Papers set at the Examination for Leaving Certificates, 1893
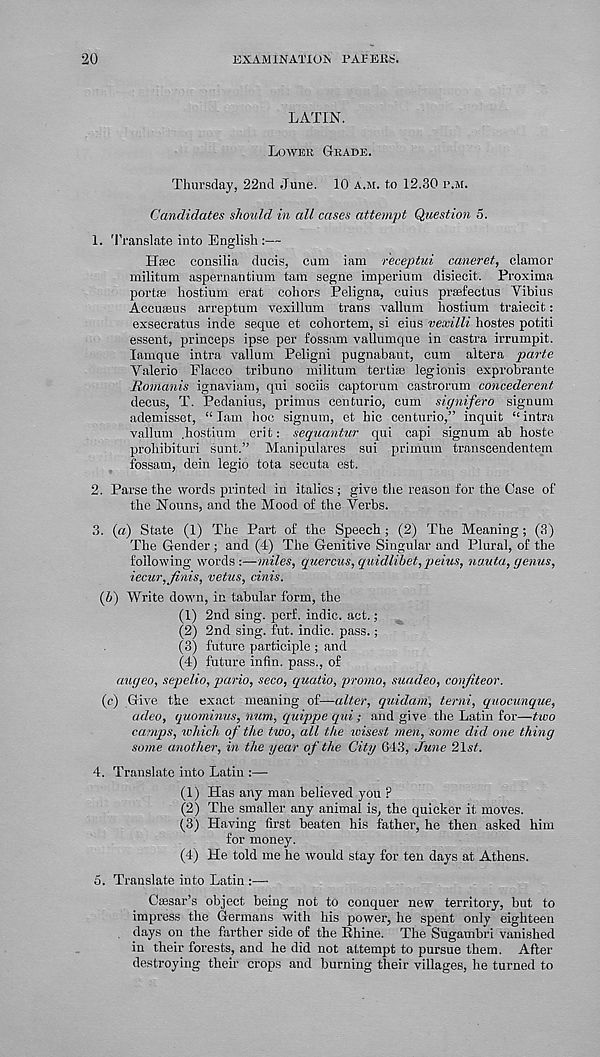
20
EXAMINATION EATERS.
LATIN.
LOWER GRADE.
Thursday, 22nd June. 10 A.M. to 12.30 I\M.
Candidates should in all cases attempt Question 5.
1. Translate into English:—
Hfec consilia ducis, cum iam receptui caneret, clamor
militum aspernantium tarn segne imperium disiecit. Proxima
portae hostium erat cohors Peligna, cuius praefectus Yibius
Accuaeus arreptum vexillum trans vallum hostium traiecit:
exsecratus inde seque et cohortem, si eius vexilli hostes potiti
essent, princeps ipse per fossam vallumque in castra irrumpit.
lam'que intra vallum Peligni pugnabaut, cum altera parte
Valerio Placco tribune militum tertias legionis exprobrante
Romanis ignaviam, qui sociis captorum castrorum concederent
decus, T. Pedanius, primus centurio, cum signifero signum
ademisset, “ lam hoc signum, et hie centurio,” inquit “ intra
vallum .hostium erit: sequantur qui capi signum ah hoste
prohibituri sunt.” Manipulares sui primum transcendentern
fossam, dein legio tota secuta est.
2. Parse the words printed in italics; give the reason for the Case of
the Nouns, and the Mood of the Verbs.
3. (a) State (1) The Part of the Speech; (2) The Meaning; (3)
The Gender ; and (4) The Genitive Singular and Plural, of the
following words :—miles, quercus, quidlibet, peius, nauta, genus,
iecur, finis, vetus, cinis.
(b) Write down, in tabular form, the
(1) 2nd sing. perf. indie, act.;
(2) 2nd sing. fut. indie, pass.;
(3) future participle ; and
(4) future infin. pass., of
augeo, sepelio, pario, seco, quatio, promo, suadeo, confiteor.
(c) Give the exact meaning of—alter, quidam, terni, quocunque,
adeo, quominus, num, quippe qui; and give the Latin for—tico
camps, lohich of the two, all the wisest men, some did one thing
some another, in the year of the City 643, June 2\st.
4. Translate into Latin :—
(1) Has any man believed you ?
(2) The smaller any animal is, the quicker it moves.
(3) Having first beaten his father, he then asked him
for money.
(4) He told me he would stay for ten days at Athens.
5. Translate into Latin :—•
Csesar’s object being not to conquer new territory, but to
impress the Germans with his power, he spent only eighteen
days on the farther side of the Rhine. The Sugambri vanished
in their forests, and he did not attempt to pursue them. After
destroying their crops and burning their villages, he turned to